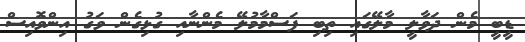
ޑީބީ މެން ދަވާލީ މާލޭގައި ތިބި ފަސްމާމުލޭ މެންނާއި ގުޅިގެން ވަގު އިންވޮއިސް